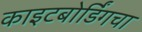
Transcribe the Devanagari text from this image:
काइटबोर्डिंगचा